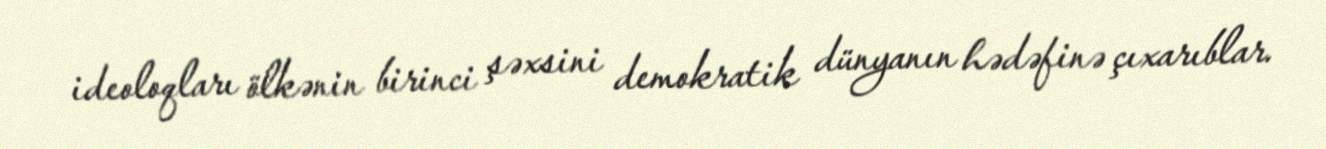
ideoloqları ölkənin birinci şəxsini demokratik dünyanın hədəfinə çıxarıblar.